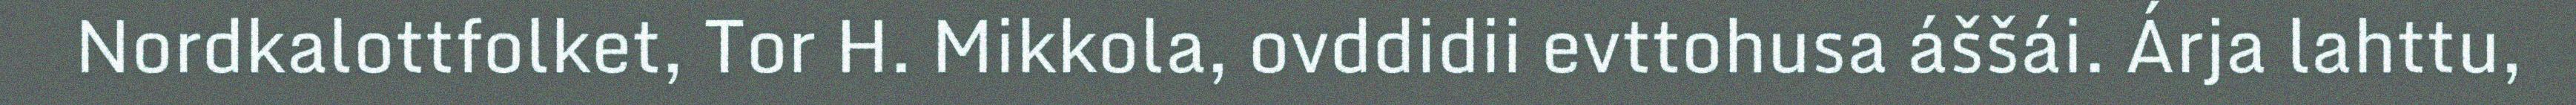
Nordkalottfolket, Tor H. Mikkola, ovddidii evttohusa áššái. Árja lahttu,